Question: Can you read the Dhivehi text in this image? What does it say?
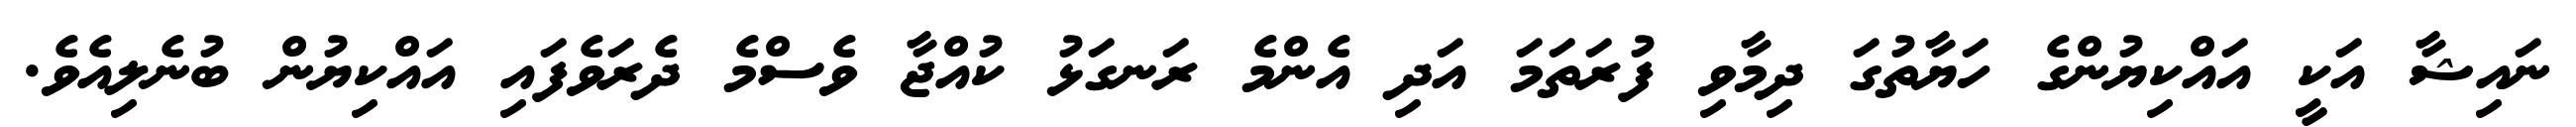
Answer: ނައިޝާ އަކީ އައްކިޔުންގެ ހަޔާތުގަ ދިމާވި ފުރަތަމަ އަދި އެންމެ ރަނގަޅު ކުއްޖާ ވެސްމެ ދެރަވެފައި އައްކިޔުން ބުނެލިއެވެ.